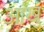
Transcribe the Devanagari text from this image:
आंखु